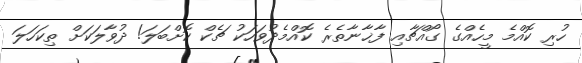
ހުރި ކޮއްމެ މީހެއްގެ ގޯއްޗާއި ފާޚާނާތެރެ ކޮއްމެދުވަހަކު ޗެކް ކޮށްބަލަ! ދުވާލަކަށް ތިކަހަލަ